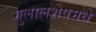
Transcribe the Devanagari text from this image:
गुलालशेषमधे